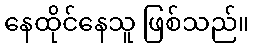
နေထိုင်နေသူ ဖြစ်သည်။